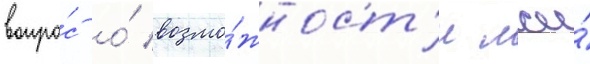
вопро́с о́ возмо́жност'и лжи́